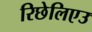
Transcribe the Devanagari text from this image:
रिछेलिएउ